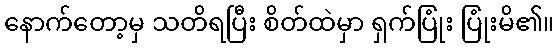
နောက်တော့မှ သတိရပြီး စိတ်ထဲမှာ ရှက်ပြုံး ပြုံးမိ၏။